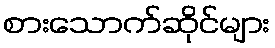
စားသောက်ဆိုင်များ